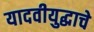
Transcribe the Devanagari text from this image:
यादवीयुद्धाचे